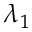
\lambda _ { 1 }